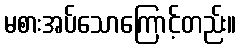
မစားအပ်သောကြောင့်တည်း။